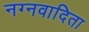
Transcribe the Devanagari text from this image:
नग्नवादिता